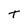
Character: t